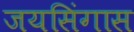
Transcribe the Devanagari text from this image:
जयसिंगास